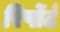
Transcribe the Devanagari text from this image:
रिर्पोर्ट